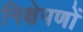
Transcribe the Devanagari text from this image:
निक्षेपणों